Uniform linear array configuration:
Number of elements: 24
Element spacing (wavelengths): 0.25
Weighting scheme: kaiser
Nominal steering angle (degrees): -45
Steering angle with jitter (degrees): -46.456
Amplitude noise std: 0.05
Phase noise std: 0.05

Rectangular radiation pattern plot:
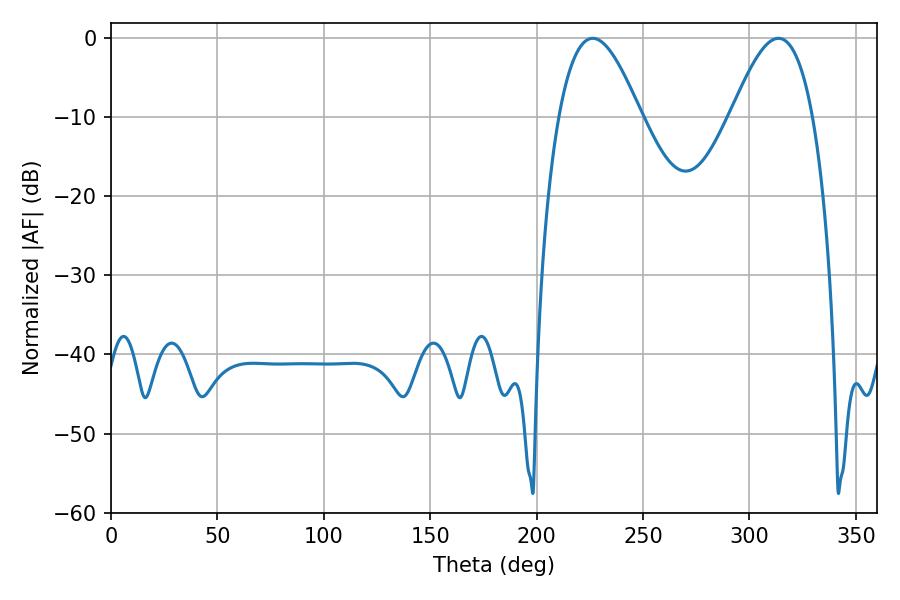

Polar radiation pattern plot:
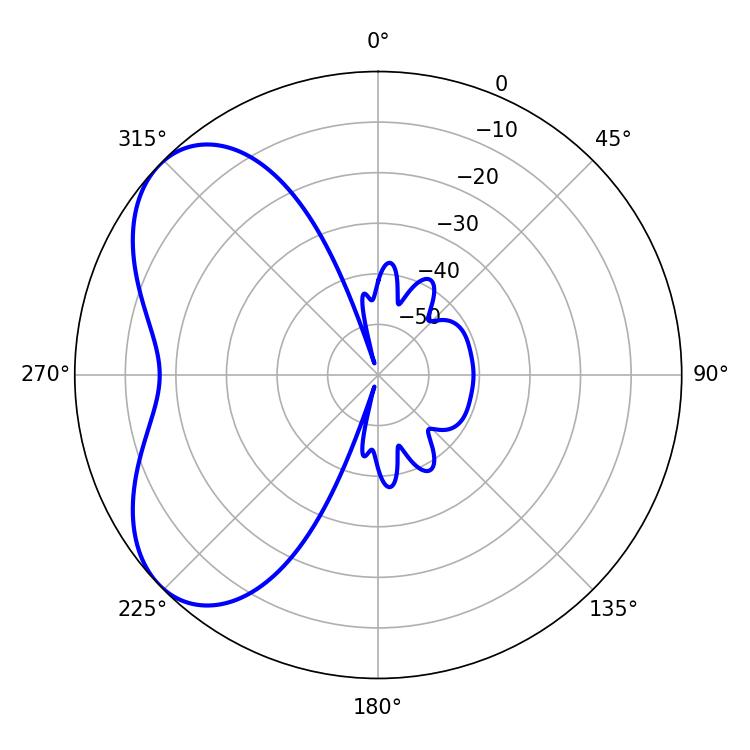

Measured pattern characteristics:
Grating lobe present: FALSE
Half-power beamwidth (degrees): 20.7
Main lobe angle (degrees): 226.44